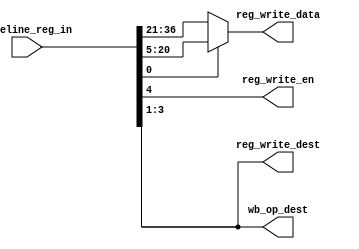
module WB_stage
(
	//input					clk,
	
	// from EX stage
	input		[36:0]		pipeline_reg_in,	//	[36:21],16bits:	ex_alu_result[15:0]
												//	[20:5],16bits:	mem_read_data[15:0]
												//	[4:0],5bits:	write_back_en, write_back_dest[2:0], write_back_result_mux, 
	
	// to register file
	output					reg_write_en,
	output		[2:0]		reg_write_dest,
	output		[15:0]		reg_write_data,
	
	output		[2:0]		wb_op_dest
);
	
	wire [15:0]	ex_alu_result = pipeline_reg_in[36:21];
	wire [15:0]	mem_read_data = pipeline_reg_in[20:5];
	wire		write_back_en = pipeline_reg_in[4];
	wire [2:0]	write_back_dest = pipeline_reg_in[3:1];
	wire		write_back_result_mux = pipeline_reg_in[0];
	
	/********************** to register file *********************/
	assign reg_write_en = write_back_en;
	assign reg_write_dest = write_back_dest;
	assign reg_write_data = (write_back_result_mux)? mem_read_data : ex_alu_result;
	
	/********************** to hazard detection unit *********************/
	assign wb_op_dest = pipeline_reg_in[3:1];
	
	
endmodule